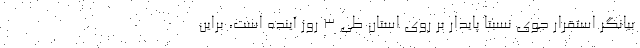
بیانگر استقرار جوی نسبتا پایدار بر روی استان طی ۳ روز آینده است، براین